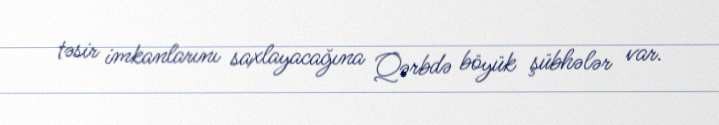
təsir imkanlarını saxlayacağına Qərbdə böyük şübhələr var.